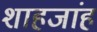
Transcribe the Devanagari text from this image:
शाहजांह